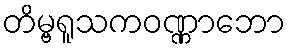
တိမ္ဗရူသကဝဏ္ဏာဘော